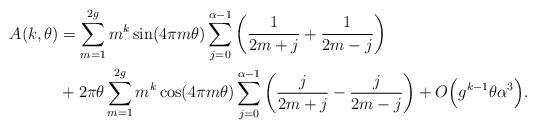
LaTeX: \begin{align*}A(k,\theta) &= \sum_{m=1}^{2g} m^k \sin(4 \pi m \theta) \sum_{j=0}^{\alpha-1} \left( \frac{1}{2m+j} + \frac{1}{2m-j} \right) \\&+ 2 \pi \theta \sum_{m=1}^{2g} m^k \cos ( 4 \pi m \theta) \sum_{j=0}^{\alpha-1} \left( \frac{j}{2m+j} - \frac{j}{2m-j} \right) + O \Big( g^{k-1} \theta \alpha^3 \Big).\end{align*}